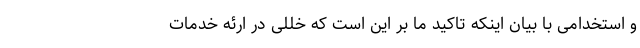
و استخدامی با بیان اینکه تاکید ما بر این است که خللی در ارئه خدمات